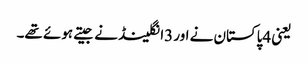
یعنی 4پاکستان نے اور 3انگلینڈ نے جیتے ہوئے تھے۔